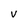
Character: V